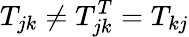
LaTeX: T_{jk}\neq T_{jk}^{T}=T_{kj}